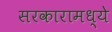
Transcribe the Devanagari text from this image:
सरकारामध्ये